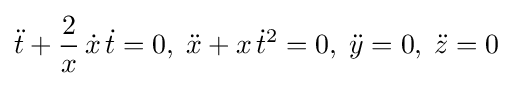
{\ddot {t}}+{\frac {2}{x}}\,{\dot {x}}\,{\dot {t}}=0,\;{\ddot {x}}+x\,{\dot {t}}^{2}=0,\;{\ddot {y}}=0,\;{\ddot {z}}=0